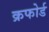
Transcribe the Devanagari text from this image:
क्रफोर्ड